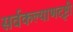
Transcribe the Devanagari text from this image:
सर्वकल्याणदृष्टी